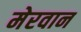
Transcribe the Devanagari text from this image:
मेरवान